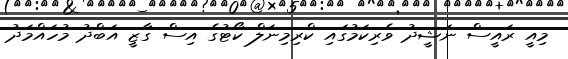
މިއީ ރައީސް ނަޝީދު ވެރިކަމުގައި ކްރިމިނަލް ކޯޓުގެ އިސް ގާޒީ އަބްދު މުހައްމަދު